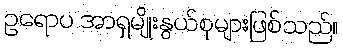
ဥရောပ အာရှမျိုးနွယ်စုများဖြစ်သည်။